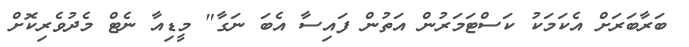
ބަރާބަރަށް އެކަމަކު ކަސްޓަމަރުން އަތުން ފައިސާ އެބަ ނަގާ" މީޑިއާ ނެޓް މެދުވެރިކޮށް